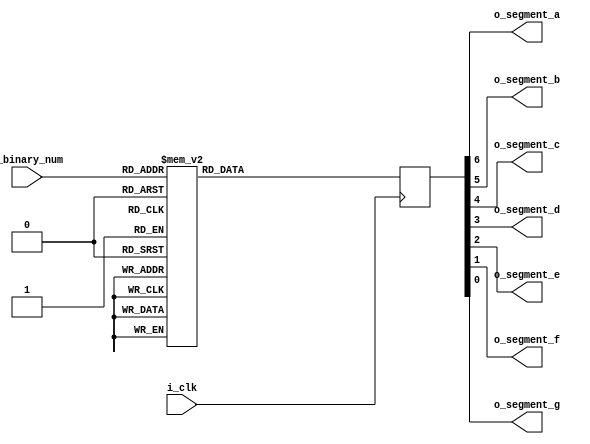
module binary_to_7segment
    (
        input i_clk,
        input [3:0] i_binary_num,
        output o_segment_a,
        output o_segment_b,
        output o_segment_c,
        output o_segment_d,
        output o_segment_e,
        output o_segment_f,
        output o_segment_g
    );

    reg [6:0] r_hex_encoding = 7'h00;

    always @(posedge i_clk)
        begin
            case(i_binary_num)
                4'b0000 : r_hex_encoding <= 7'h7E;
                4'b0001 : r_hex_encoding <= 7'h30;
                4'b0010 : r_hex_encoding <= 7'h6D;
                4'b0011 : r_hex_encoding <= 7'h79;
                4'b0100 : r_hex_encoding <= 7'h33;
                4'b0101 : r_hex_encoding <= 7'h5B;
                4'b0110 : r_hex_encoding <= 7'h5F;
                4'b0111 : r_hex_encoding <= 7'h70;
                4'b1000 : r_hex_encoding <= 7'h7F;
                4'b1001 : r_hex_encoding <= 7'h7B;
                4'b1010 : r_hex_encoding <= 7'h77;
                4'b1011 : r_hex_encoding <= 7'h1F;
                4'b1100 : r_hex_encoding <= 7'h4E;
                4'b1101 : r_hex_encoding <= 7'h3D;
                4'b1110 : r_hex_encoding <= 7'h4F;
                4'b1111 : r_hex_encoding <= 7'h47;
            endcase
        end

    assign o_segment_a = r_hex_encoding[6];
    assign o_segment_b = r_hex_encoding[5];
    assign o_segment_c = r_hex_encoding[4];
    assign o_segment_d = r_hex_encoding[3];
    assign o_segment_e = r_hex_encoding[2];
    assign o_segment_f = r_hex_encoding[1];
    assign o_segment_g = r_hex_encoding[0];

endmodule